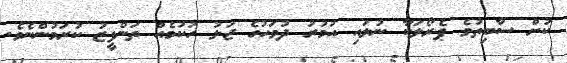
ކުށް ސާބިތުވެ ޕެރޯލަކާ ނުލައި އުމުރު ދުވަހުގެ ޖަލު ހުކުމެއް ތަންފީޒު ކުރަމުންނެވެ.